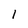
Character: 1